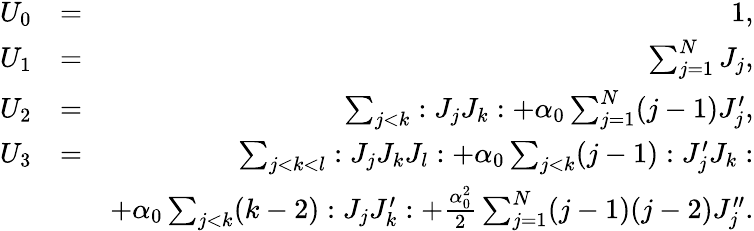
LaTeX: \begin{array}{rlr}{U_{0}}&{=}&{1,}\\ {U_{1}}&{=}&{\sum_{j=1}^{N}J_{j},}\\ {U_{2}}&{=}&{\sum_{j<k}:J_{j}J_{k}:+\alpha_{0}\sum_{j=1}^{N}(j-1)J_{j}^{\prime},}\\ {U_{3}}&{=}&{\sum_{j<k<l}:J_{j}J_{k}J_{l}:+\alpha_{0}\sum_{j<k}(j-1):J_{j}^{\prime}J_{k}:}\\ &{}&{+\alpha_{0}\sum_{j<k}(k-2):J_{j}J_{k}^{\prime}:+\frac{\alpha_{0}^{2}}{2}\sum_{j=1}^{N}(j-1)(j-2)J_{j}^{\prime\prime}.}\end{array}